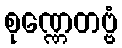
စုဏ္ဏေတဗ္ဗံ